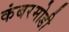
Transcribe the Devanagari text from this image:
कंबरमोडी